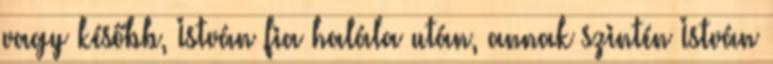
vagy később, István fia halála után, annak szintén István